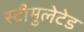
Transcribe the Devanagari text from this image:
स्टीमुलेटेड